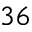
3 6